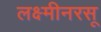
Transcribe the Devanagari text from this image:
लक्ष्मीनरसू